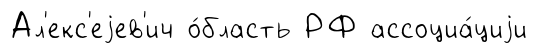
Ал'екс'еjев'ич о́бласть РФ ассоциа́циjи